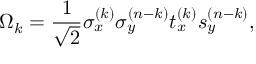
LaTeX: \Omega _ { k } = { \frac { 1 } { \sqrt { 2 } } } \sigma _ { x } ^ { ( k ) } \sigma _ { y } ^ { ( n - k ) } t _ { x } ^ { ( k ) } s _ { y } ^ { ( n - k ) } ,